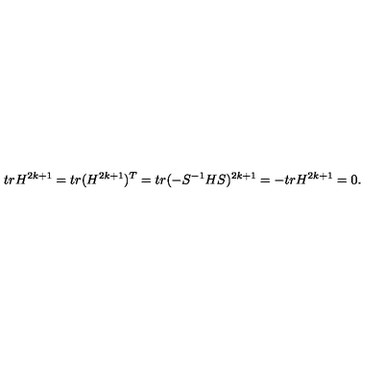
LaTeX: t r H ^ { 2 k + 1 } = t r ( H ^ { 2 k + 1 } ) ^ { T } = t r ( - S ^ { - 1 } H S ) ^ { 2 k + 1 } = - t r H ^ { 2 k + 1 } = 0 .